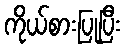
ကိုယ်စားပြုပြီး